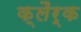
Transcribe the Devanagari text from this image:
क्लैर्क